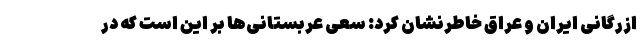
ازرگانی ایران و عراق خاطرنشان کرد: سعی عربستانی‌ها بر این است که در